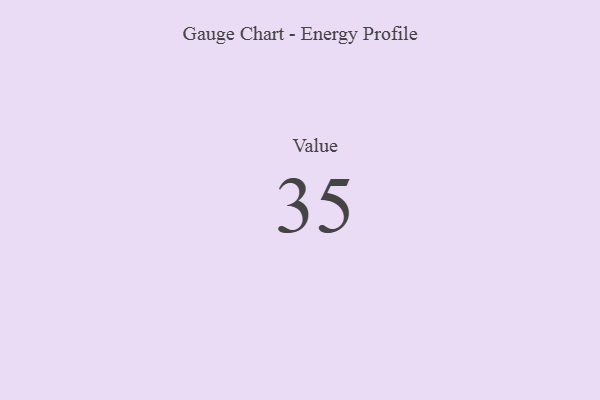
{"axis": {"x": "Metric", "y": "Value"}, "legend": [""], "data": [{"x": "Value", "y": 35, "type": ""}]}